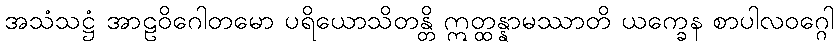
အသံသဋ္ဌံ အာဠဝိဂေါတမော ပရိယောသိတန္တိ ဣတ္ထန္နာမဿာတိ ယက္ခေန စာပါလဝဂ္ဂေါ